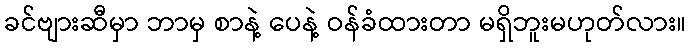
ခင်ဗျားဆီမှာ ဘာမှ စာနဲ့ ပေနဲ့ ဝန်ခံထားတာ မရှိဘူးမဟုတ်လား။